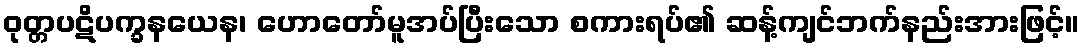
ဝုတ္တပဋိပက္ခနယေန၊ ဟောတော်မူအပ်ပြီးသော စကားရပ်၏ ဆန့်ကျင်ဘက်နည်းအားဖြင့်။